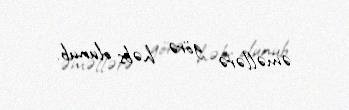
əməllərə görə həbs olunub.